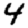
Digit: 4